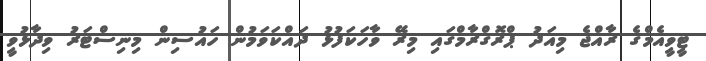
ޓީވީއެމްގެ ރާއްޖެ މިއަދު ޕްރޮގްރާމްގައި މިރޭ ވާހަކަފުޅު ދައްކަވަމުން ހައުސިން މިނިސްޓަރު ވިދާޅުވީ